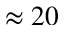
\approx 2 0